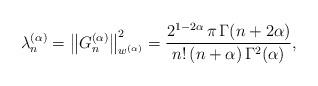
LaTeX: \begin{align*}{\lambda}_n^{(\alpha )} = \left\| {G_n^{(\alpha )}} \right\|_{{w^{(\alpha )}}}^2 = \frac{{{2^{1 - 2\alpha }}\,\pi\, \Gamma (n + 2\alpha )}}{{n!\,(n + \alpha )\,{\Gamma ^2}(\alpha )}},\end{align*}